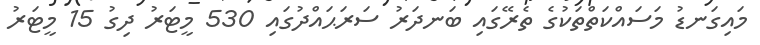
މައިގަނޑު މަސައްކަތްތަކުގެ ތެރޭގައި ބަނދަރު ސަރަޙައްދުގައި 530 މީޓަރު ދިގު 15 މީޓަރު